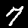
Digit: 7